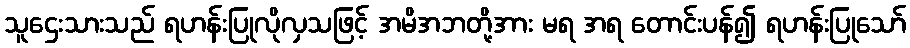
သူဌေးသားသည် ရဟန်းပြုလိုလှသဖြင့် အမိအဘတို့အား မရ အရ တောင်းပန်၍ ရဟန်းပြုသော်